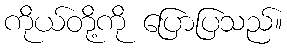
ကိုယ်တို့ကို ပြောပြသည်။